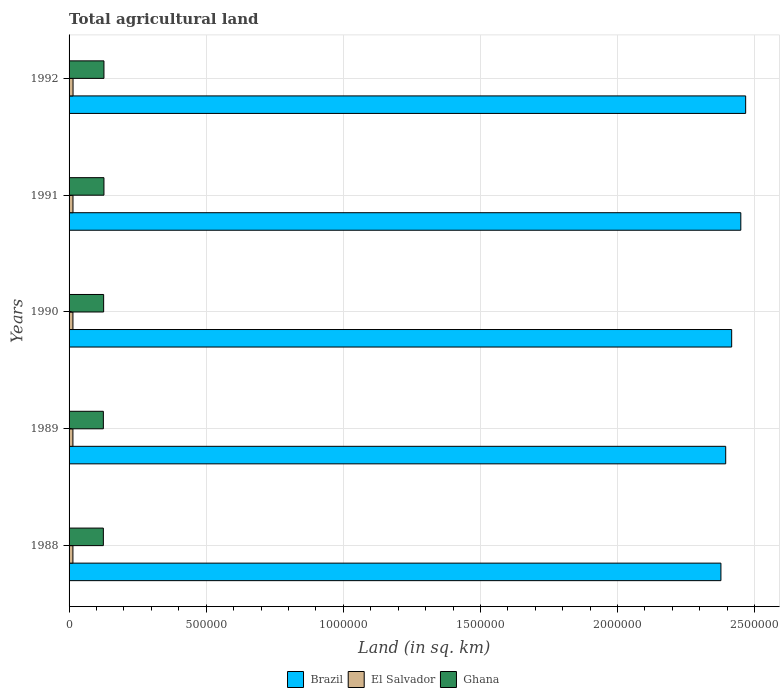
| Years | Brazil | El Salvador | Ghana |
 | --- | --- | --- | --- |
 | 1988 | 2.38e+06 | 1.41e+04 | 1.25e+05 |
 | 1989 | 2.39e+06 | 1.41e+04 | 1.25e+05 |
 | 1990 | 2.42e+06 | 1.41e+04 | 1.26e+05 |
 | 1991 | 2.45e+06 | 1.43e+04 | 1.27e+05 |
 | 1992 | 2.47e+06 | 1.45e+04 | 1.27e+05 |